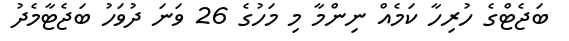
ބަޖެޓްގެ ހުރިހާ ކަމެއް ނިންމާ މި މަހުގެ 26 ވަނަ ދުވަހު ބަޖެޓާމެދު